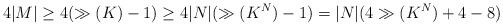
LaTeX: \begin{align*} 4|M| \geq 4(\gg(K)-1) \geq 4|N|(\gg(K^N)-1) = |N|(4\gg(K^N)+4-8)\end{align*}